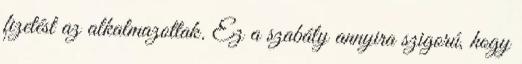
fizetést az alkalmazottak. Ez a szabály annyira szigorú, hogy